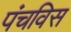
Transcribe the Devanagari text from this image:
पंचविस